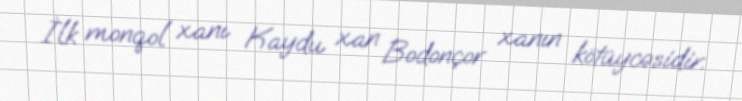
İlk monqol xanı Kaydu xan Bodonçor xanın kötüycəsidir.